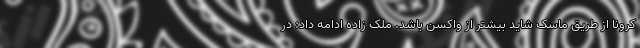
کرونا از طریق ماسک شاید بیشتر از واکسن باشد. ملک زاده ادامه داد: در